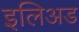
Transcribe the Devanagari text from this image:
इलिअड